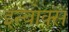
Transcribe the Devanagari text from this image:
इन्बोक्स